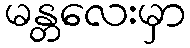
မန္တလေးမှာ